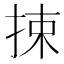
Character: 捒